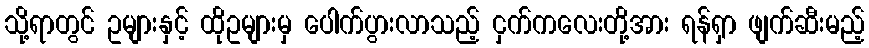
သို့ရာတွင် ဥများနှင့် ထိုဥများမှ ပေါက်ပွားလာသည့် ငှက်ကလေးတို့အား ရန်ရှာ ဖျက်ဆီးမည့်